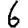
Digit: 6